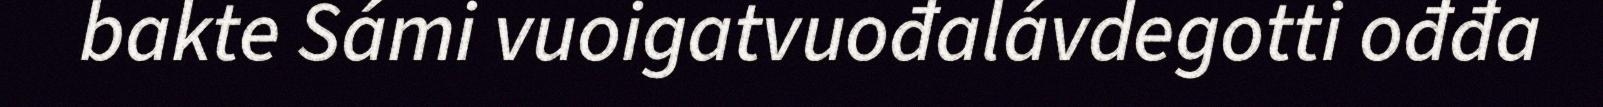
bakte Sámi vuoigatvuođalávdegotti ođđa